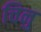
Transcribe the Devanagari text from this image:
चिनु